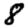
Digit: 8